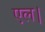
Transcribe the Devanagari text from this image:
एल।